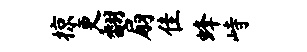
掠更翻扇隹蜂峙